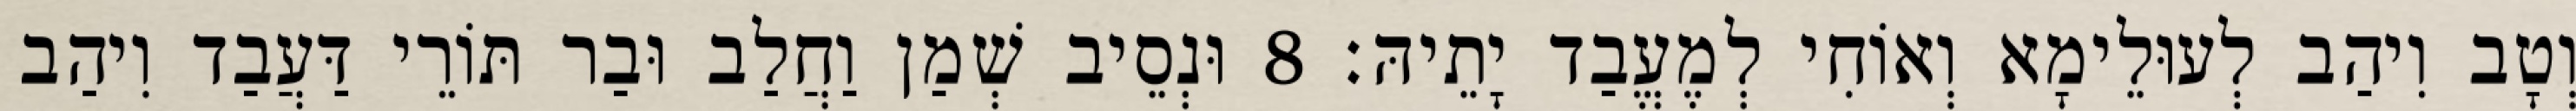
וְטָב וִיהַב לְעוּלֵימָא וְאוֹחִי לְמֶעֱבַד יָתֵיהּ׃ 8 וּנְסֵיב שְׁמַן וַחֲלַב וּבַר תּוֹרֵי דַּעֲבַד וִיהַב